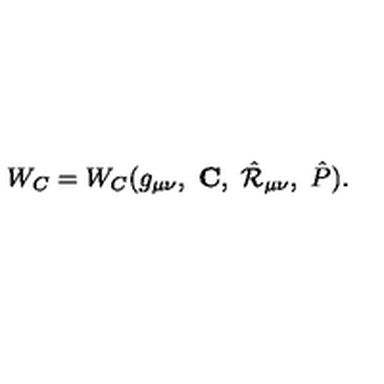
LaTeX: W _ { C } = W _ { C } ( g _ { \mu \nu } , \ \mathrm { \bf C } , \ \hat { \cal R } _ { \mu \nu } , \ \hat { P } ) .